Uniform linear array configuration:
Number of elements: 24
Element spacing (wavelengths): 0.5
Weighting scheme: blackman
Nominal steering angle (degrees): -45
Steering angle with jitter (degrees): -45.507
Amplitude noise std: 0.05
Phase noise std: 0.05

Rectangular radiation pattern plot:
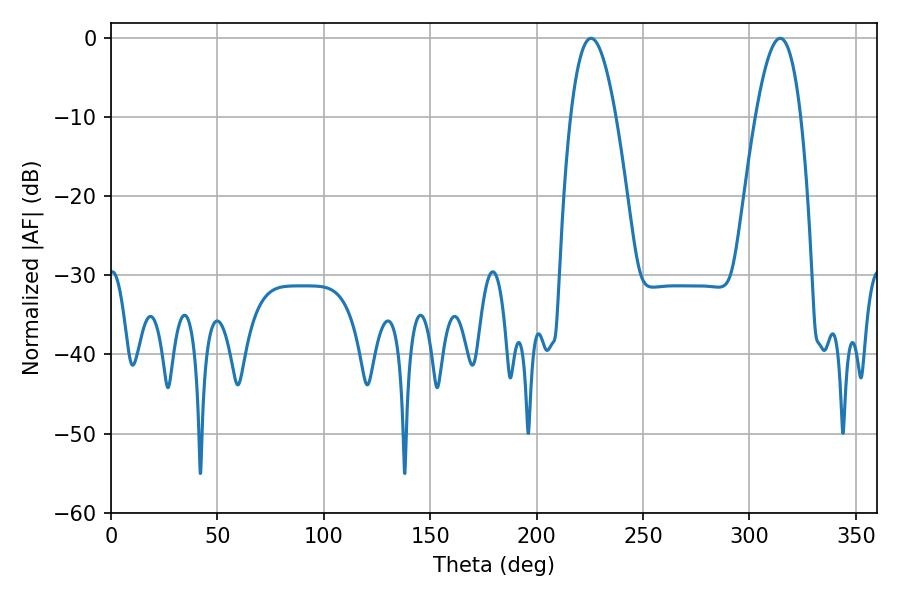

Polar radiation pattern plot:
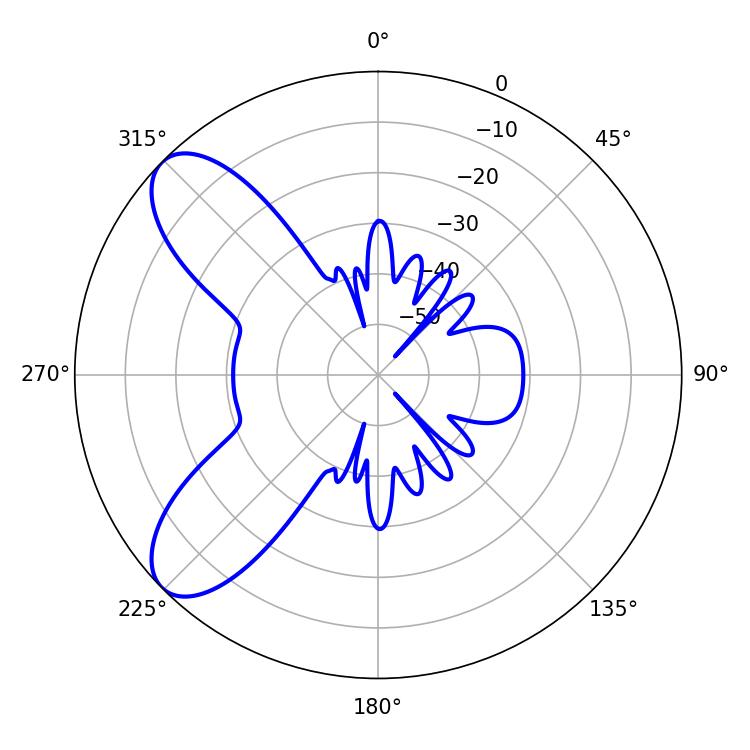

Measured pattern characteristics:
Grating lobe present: FALSE
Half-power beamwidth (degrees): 11.52
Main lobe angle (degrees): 225.54